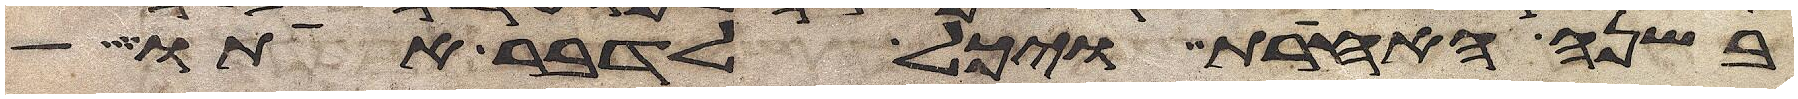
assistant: בשנה האחרת ויכל לדבר אתו